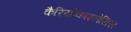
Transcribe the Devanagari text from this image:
कैरियोकाइनेसिस